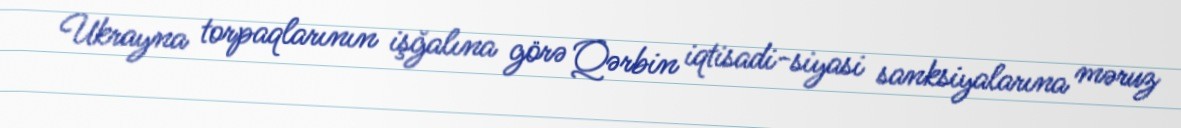
Ukrayna torpaqlarının işğalına görə Qərbin iqtisadi-siyasi sanksiyalarına məruz